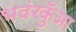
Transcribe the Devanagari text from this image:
भवंरकुँआ